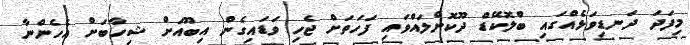
މިފަދަ ދަނޑިވަޅެއްގައި ބްލޮކޭޑް ދޫކޮށްލައްވައި ފަހަތަށް ޖެހި ވަޑައިގެން އިބޫއަށް ޝިހާބަށް އެހެންނާ